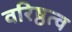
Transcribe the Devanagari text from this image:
वरिष्ठत्व